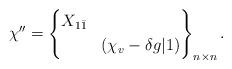
LaTeX: \begin{align*}\chi'' = \left\{ \begin{aligned}& X_{1\bar 1} & \\&& (\chi_v - \delta g|1)\end{aligned}\right\}_{n\times n} .\end{align*}